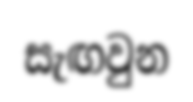
සැඟවුන